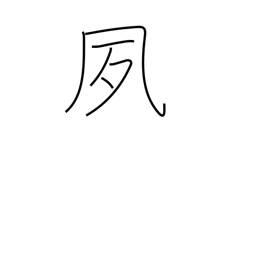
Meaning: bright and early